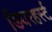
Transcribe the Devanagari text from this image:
डियरहर्स्ट